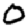
Digit: 0